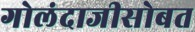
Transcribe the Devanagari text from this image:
गोलंदाजीसोबत